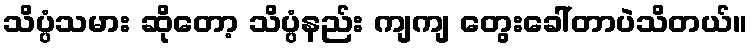
သိပ္ပံသမား ဆိုတော့ သိပ္ပံနည်း ကျကျ တွေးခေါ်တာပဲသိတယ်။